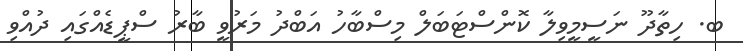
ބ. ހިތާދޫ ނަސީމީވިލާ ކޮންސްޓަބަލް މިސްބާހު އަބްދު މަރުވީ ބާރު ސްޕީޑެއްގައި ދުއްވި